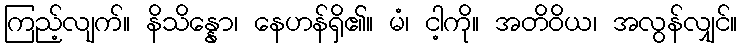
ကြည့်လျက်။ နိသိန္နော၊ နေဟန်ရှိ၏။ မံ၊ ငါ့ကို။ အတိဝိယ၊ အလွန်လျှင်။